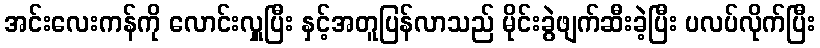
အင်းလေးကန်ကို လောင်းလှူပြီး နှင့်အတူပြန်လာသည် မိုင်းခွဲဖျက်ဆီးခဲ့ပြီး ပလပ်လိုက်ပြီး